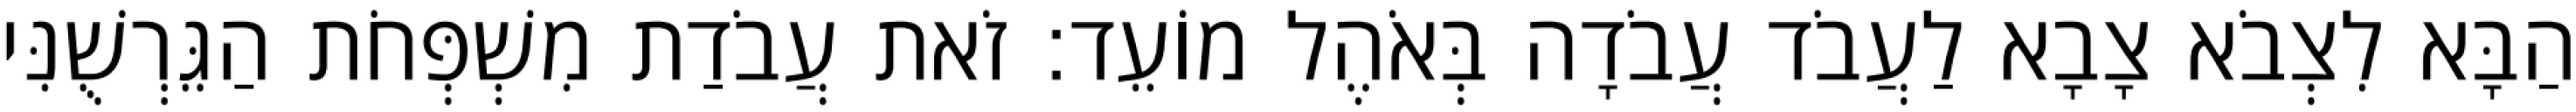
הַבָּא לִצְבֹא צָבָא לַעֲבֹד עֲבֹדָה בְּאֹהֶל מוֹעֵד׃ זֹאת עֲבֹדַת מִשְׁפְּחֹת הַגֵּרְשֻׁנִּי